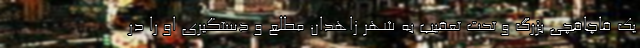
یک قاچاقچی بزرگ و تحت تعقیب به شهر زاهدان مطلع و دستگیری او را در